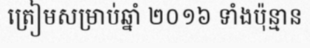
ត្រៀមសម្រាប់ឆ្នាំ ២០១៦ ទាំងប៉ុន្មាន